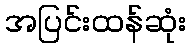
အပြင်းထန်ဆုံး